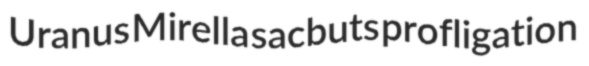
Uranus Mirella sacbuts profligation